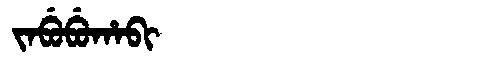
Manchu: ᠵᠠᠪᡠᠪᡠᡥᠠᠪᡳ
Romanization: JABUBUHABI